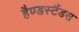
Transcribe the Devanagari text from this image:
हैण्डस्टैंडस